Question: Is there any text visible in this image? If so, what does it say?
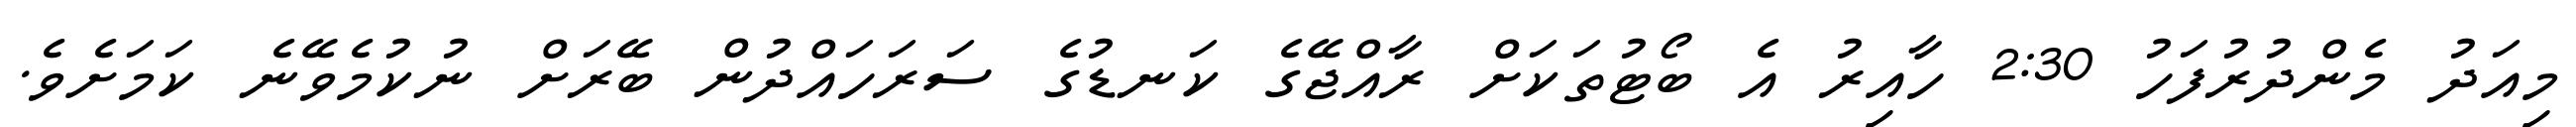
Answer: މިއަދު މެންދުރުފަހު 2:30 ހާއިރު އެ ބޯޓުތަކަށް ރާއްޖޭގެ ކަނޑުގެ ސަރަހައްދުން ބޭރަށް ނުކުމެވޭނެ ކަމަށެވެ.